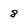
Character: 8